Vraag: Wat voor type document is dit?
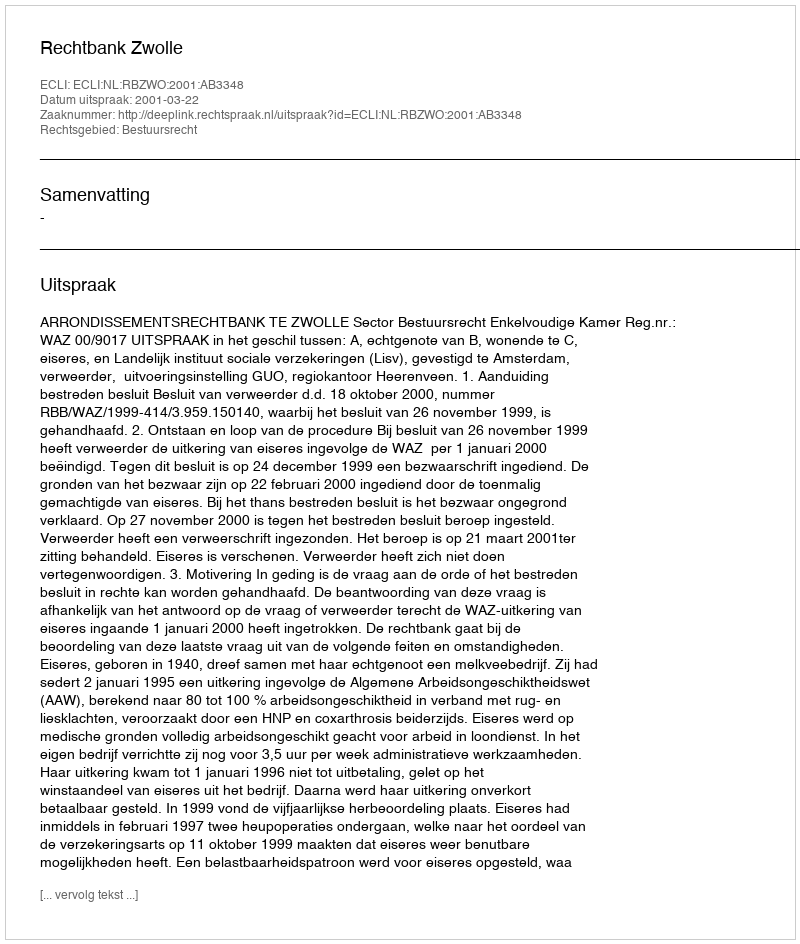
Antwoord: Uitspraak